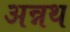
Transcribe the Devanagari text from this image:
अन्नथ